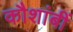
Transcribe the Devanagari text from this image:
कौशांबीं